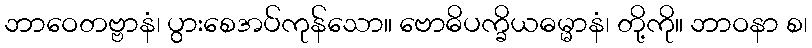
ဘာဝေတဗ္ဗာနံ၊ ပွားစေအပ်ကုန်သော။ ဗောဓိပက္ခိယဓမ္မာနံ၊ တို့ကို။ ဘာဝနာ စ၊